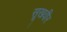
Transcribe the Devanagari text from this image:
सूखवीर